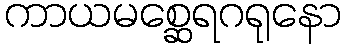
ကာယမစ္ဆေရဂရုနော